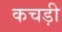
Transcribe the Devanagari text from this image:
कचड़ी